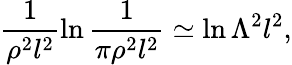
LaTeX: \frac{1}{\rho^{2}l^{2}}\ln\frac{1}{\pi\rho^{2}l^{2}}\simeq\ln\Lambda^{2}l^{2},